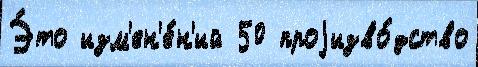
Э́то изм'ен'е́н'ий 50 проjизво́дство